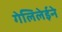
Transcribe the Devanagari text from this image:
गेलिलेईने